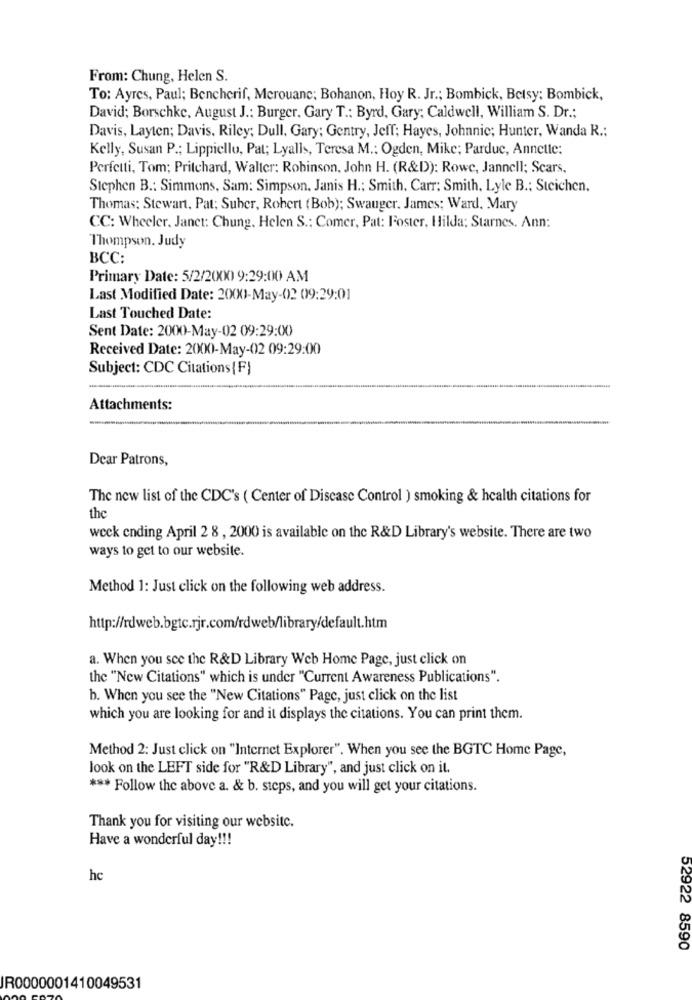
From: Chung, Helen S.
To: Ayres, Paul; Bencherif, Merouane; Bohanon, Hoy R. Jr .; Bombick, Betsy: Bombick,
David; Borschke, August J .: Burger. Gary T .: Byrd, Gary; Caldwell, William S. Dr .;
Davis, Layten; Davis. Riley; Dull, Gary; Gentry, Jeff; Hayes, Johnnie; Hunter, Wanda R .:
Kelly, Susan P .: Lippiello, Pat; Lyalls, Teresa M .: Ogden, Mike; Parduc, Annette:
Perfetti, Tom; Pritchard, Walter: Robinson, John H. (R&D): Rowe, Jannell; Scars.
Stephen B .: Simmons, Sam: Simpson. Janis H .; Smith, Carr; Smith, Lyle B .; Stcichen.
Thomas: Stewart, Pat; Suher, Robert (Bob); Swauger. James; Ward, Mary
CC: Wheeler. Janet: Chung. Helen S .; Comer, Pat: Foster, Hilda: Starnes. Ann:
Thompson. Judy
ВСС:
Primary Date: 5/2/2000 9:29:00 AM
Last Modified Date: 2(XX)-May-02 09:29:01
Last Touched Date:
Sent Date: 2000-May-02 09:29:00
Received Date: 2000-May-02 09:29:00
Subject: CDC Citations (F)
Attachments:
Dear Patrons,
The new list of the CDC's ( Center of Disease Control ) smoking & health citations for
the
weck ending April 2 8 , 2000 is available on the R&D Library's website. There are two
ways to get to our website.
Method 1: Just click on the following web address.
http://rdweb.bgtc.rjr.com/rdweb/library/default.htm
a. When you see the R&D Library Web Home Page, just click on
the "New Citations" which is under "Current Awareness Publications".
h. When you see the "New Citations" Page, just click on the list
which you are looking for and it displays the citations. You can print them.
Method 2: Just click on "Internet Explorer". When you see the BGTC Home Page,
look on the LEFT side for "R&D Library", and just click on it.
*** Follow the above a. & b. sicps, and you will get your citations.
Thank you for visiting our website.
Have a wonderful day !!!
hc
52922 8590
IR0000001410049531